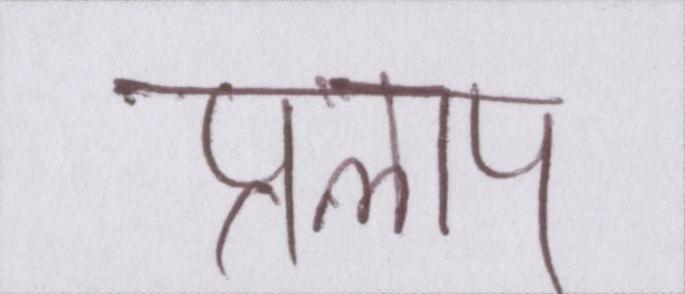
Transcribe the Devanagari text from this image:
प्रलाप